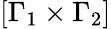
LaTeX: [\Gamma_{1}\times\Gamma_{2}]